Source: Handwritten
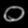
Digit: ၀ (0)